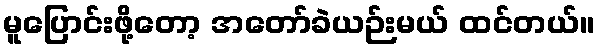
မူပြောင်းဖို့တော့ အတော်ခဲယဉ်းမယ် ထင်တယ်။